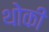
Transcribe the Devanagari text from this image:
थोकी